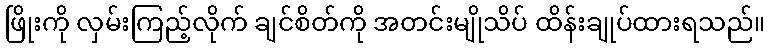
ဖြိုးကို လှမ်းကြည့်လိုက် ချင်စိတ်ကို အတင်းမျိုသိပ် ထိန်းချုပ်ထားရသည်။